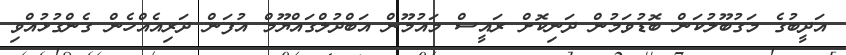
އަދީބުގެ މަގުބޫލުކަން ބޮޑުވަމުން ދަނިކޮށް ރައީސް މައުމޫން އަބްދުލްގައްޔޫމް އުފަން ދަރިއެއްހެން ގެންގުޅުއްވި